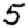
Digit: 5